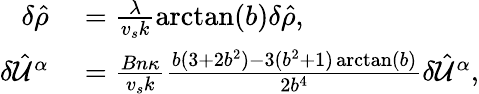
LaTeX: \begin{array}{rl}{\delta\hat{\rho}}&{{}=\frac{\lambda}{v_{s}k}\arctan(b)\delta\hat{\rho},}\\ {\delta\hat{\mathcal{U}}^{\alpha}}&{{}=\frac{Bn\kappa}{v_{s}k}\frac{b(3+2b^{2})-3(b^{2}+1)\arctan(b)}{2b^{4}}\delta\hat{\mathcal{U}}^{\alpha},}\end{array}